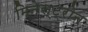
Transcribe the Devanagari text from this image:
मिनेस्ट्रोन